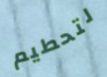
لتحطيم